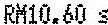
RM10.60 S